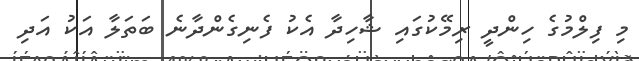
މި ފިލްމުގެ ހިންދީ ރިމޭކުގައި ޝާހިދާ އެކު ފެނިގެންދާނެ ބަތަލާ އަކު އަދި